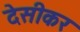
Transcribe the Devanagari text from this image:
देसीकर